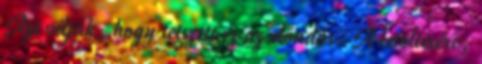
Azt véljük, hogy tetszett ez az előadás. A letöltésére,